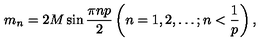
m _ { n } = 2 M \sin \frac { \pi n p } { 2 } \left( n = 1 , 2 , \ldots ; n < \frac { 1 } { p } \right) ,